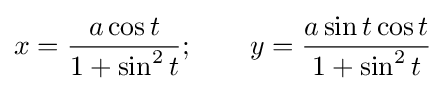
x={\frac {a\cos t}{1+\sin ^{2}t}};\qquad y={\frac {a\sin t\cos t}{1+\sin ^{2}t}}